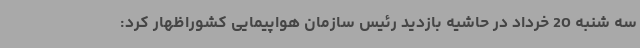
سه شنبه 20 خرداد در حاشیه بازدید رئیس سازمان هواپیمایی کشوراظهار کرد: